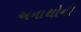
અનાથોની